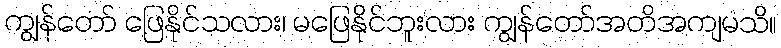
ကျွန်တော် ဖြေနိုင်သလား၊ မဖြေနိုင်ဘူးလား ကျွန်တော်အတိအကျမသိ။